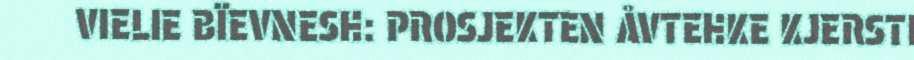
VIELIE BÏEVNESH: PROSJEKTEN ÅVTEHKE KJERSTI